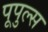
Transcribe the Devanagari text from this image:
पूपुल्स